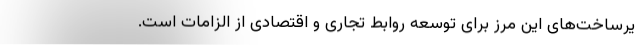
یرساخت‌های این مرز برای توسعه روابط تجاری و اقتصادی از الزامات است.